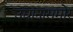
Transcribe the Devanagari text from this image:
उद्यानासमोर